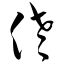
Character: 佬